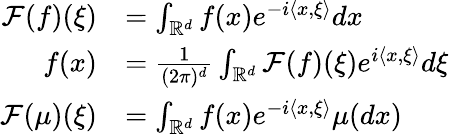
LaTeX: \begin{array}{rl}{\mathcal{F}(f)(\xi)}&{=\int_{\mathbb{R}^{d}}f(x)e^{-i\langle x,\xi\rangle}dx}\\ {f(x)}&{=\frac{1}{(2\pi)^{d}}\int_{\mathbb{R}^{d}}\mathcal{F}(f)(\xi)e^{i\langle x,\xi\rangle}d\xi}\\ {\mathcal{F}(\mu)(\xi)}&{=\int_{\mathbb{R}^{d}}f(x)e^{-i\langle x,\xi\rangle}\mu(dx)}\end{array}